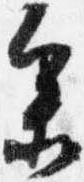
参